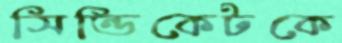
সিন্ডিকেটকে